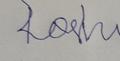
Signature authenticity: forged